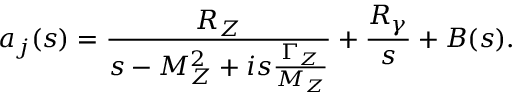
a _ { j } ( s ) = \frac { R _ { Z } } { s - M _ { Z } ^ { 2 } + i s \frac { \Gamma _ { Z } } { M _ { Z } } } + \frac { R _ { \gamma } } { s } + B ( s ) .